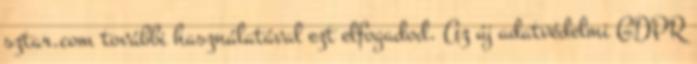
sztar.com további használatával ezt elfogadod. Az új adatvédelmi GDPR